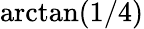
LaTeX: \arctan(1/4)